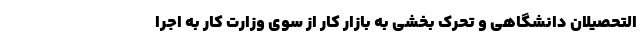
التحصیلان دانشگاهی و تحرک بخشی به بازار کار از سوی وزارت کار به اجرا